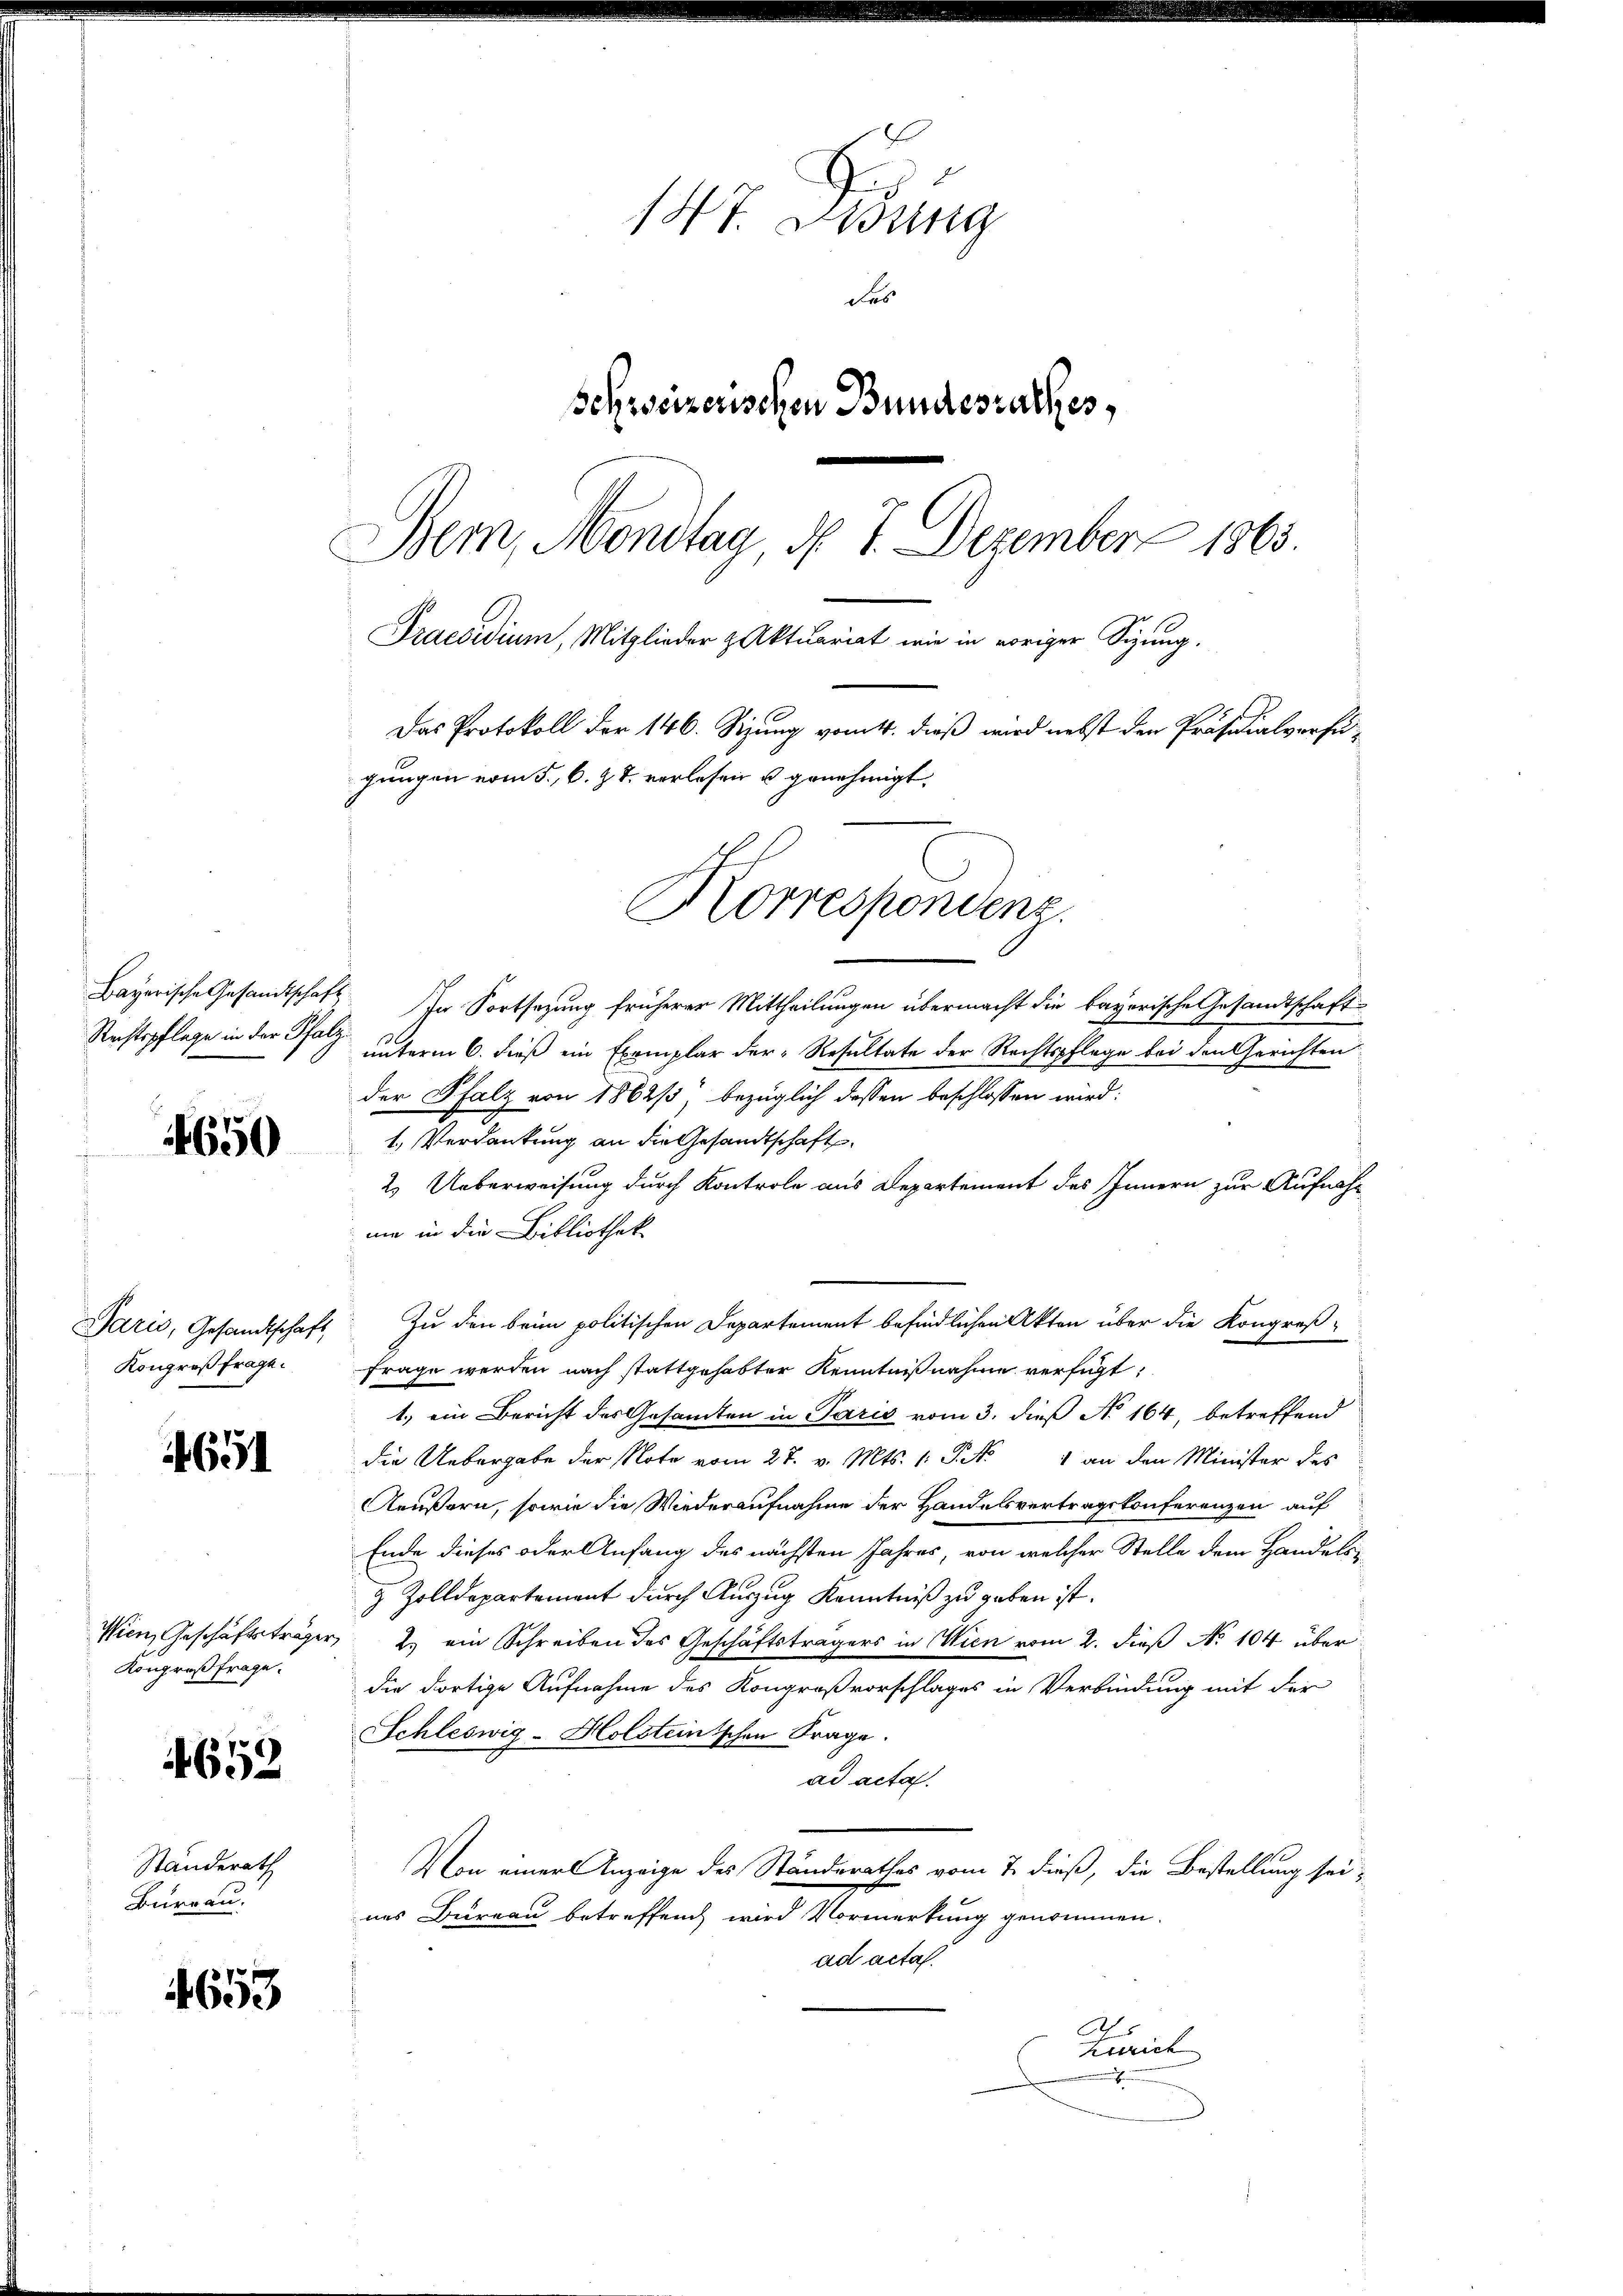
Rechtspflege in der Pfalz.

650

Paris, Gesandtschaft,
Kongreßfrage.

691

Kongreßfrage.

4652

Ständerath
Burgau.

653

147. Lesung
das
Schweizerischen Bundesrathes,
Bem, Mondtag, d. 7. Dezember 1863.
Praesidium, Mitglieder z Aktuariat wie in voriger Sizung.
Das Protokoll der 146. Sizung vom 4. dieß wird nebst den Präsidialverfügungen vom 5. 6. Zt. verlesen u. genehmigt.
Korrespondenz.

Bayerische Gesandtschaft in Fortsezung früherer Mittheilungen übermacht die bayerische Gesandtschaft
unterm 6. dieß ein Exemplar der Resultate der Rechtspflege bei den Gerichten
der Pfalz von 1862/3, bezüglich dessen beschlossen wird:
1. Verdankung an die Gesandtschafts¬
2. Ueberweisung durch Kontrole aus Departement des Innern zur Aufnahnie in die Bibliothek
Zu den beim politischen Departement befindlichen Akten über die Kongroßfrage werden nach stattgehabter Kenntnißnahme verfügt:
1.) ein Bericht des Gesamten in Paris vom 3. dieß No 164, betreffend
die Uebergabe der Note vom 27. v. Mts. 1. P. N. 1 an den Minister des
Aeußern, sowie die Wiederaufnahme der Handelsvertragskonferenzen auf
Ende dieses oder Anfang des nächsten Jahres, von welcher Stelle dem Handels-
& Zolldepartement durch Auszug Kenntniß zu geben ist.
Wien, Geschäftsträger 2 ein Schreiben des Geschäftsträgers in Wien vom 2. dieß No 104 über
die dortige Aufnahme des Kongroßvorschlages in Verbindung mit der
Schleswig-Holsteinischen Frage.
ad acta.
Von einer Anzeige des Standerathes vom 7. dieß, die Bestellung seines Bureau betreffend wird Vormerkung genommen.
ad acta.
As
Zürich